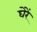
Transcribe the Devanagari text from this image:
घेरें